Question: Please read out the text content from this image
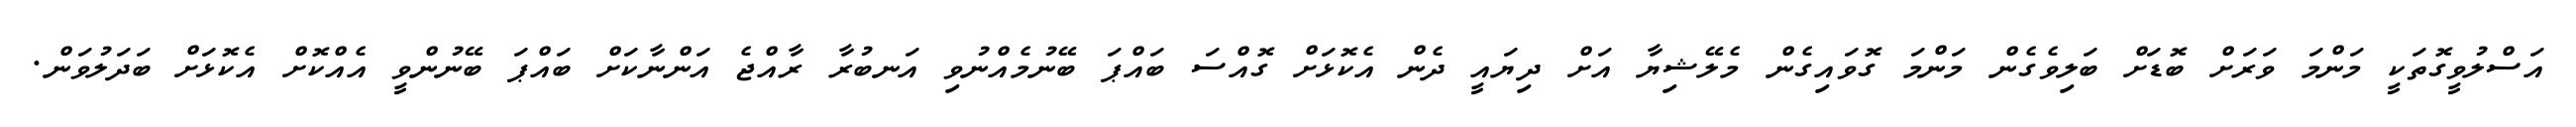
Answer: އަސްލުވީގޮތަކީ މަންމަ ވަރަށް ބޮޑަށް ބަލިވެގެން މަންމަ ގޮވައިގެން މެލޭޝިޔާ އަށް ދިޔައީ ދެން އެކޮޅަށް ގޮއްސަ ބައްޕަ ބޭނުމެއްނުވި އަނބުރާ ރާއްޖެ އަންނާކަށް ބައްޕަ ބޭނުންވީ އެއްކޮށް އެކޮޅަށް ބަދަލުވަން.